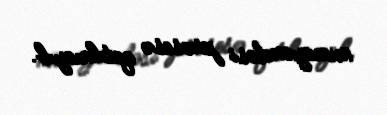
nümayəndəsi prosesə qatılmayıb.